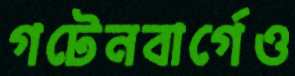
গটেনবার্গেও